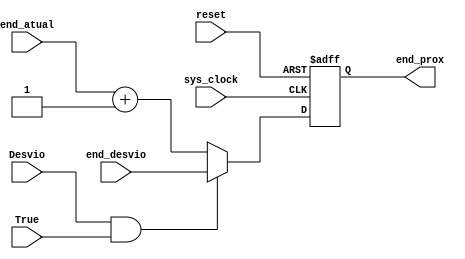
module Endereco (input sys_clock, input reset, input Desvio, input [15:0] end_atual, output reg [15:0] end_prox, input [15:0] end_desvio, input True);

always @(posedge sys_clock or posedge reset)
begin
	if (reset)
	begin
		end_prox = 0;
	end
	else begin
		if (Desvio && True)
		begin
			end_prox = end_desvio;
		end
		else
		begin
			end_prox = end_atual+1;
		end
		
	end
end

endmodule